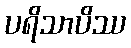
ပရိသာပိဿ